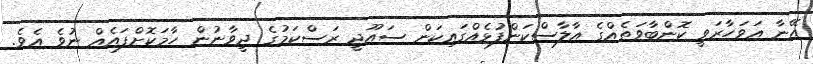
އޭނާ އަވަހާރަވީ ކޮންބާވަތެއްގެ އާލާސްކަންފުޅެއްގައިކަން ސައޫދީ ރަސްކަމުގެ ދީވާނުން ހާމަކޮށްފައެއް ނުވެ އެވެ.